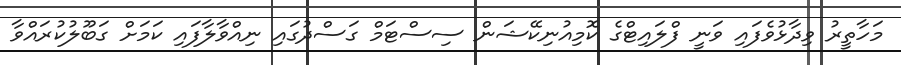
މަހާތީރު ވިދާޅުވެފައި ވަނީ ފްލައިޓްގެ ކޮމިއުނިކޭޝަން ސިސްޓަމް ގަސްދުގައި ނިއްވާލާފައި ކަމަށް ގަބޫލުކުރައްވާ